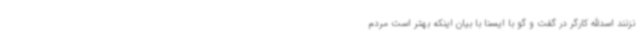
نزنند اسدالله کارگر در گفت و گو با ایسنا با بیان اینکه بهتر است مردم